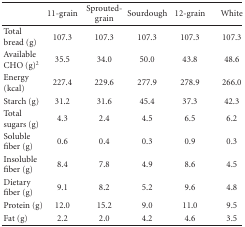
|  | 11-grain | Sprouted-grain | Sourdough | 12-grain | White |
 | --- | --- | --- | --- | --- | --- |
 | Total bread (g) | 107.3 | 107.3 | 107.3 | 107.3 | 107.3 |
 | Available CHO (g)2 | 35.5 | 34.0 | 50.0 | 43.8 | 48.6 |
 | Energy (kcal) | 227.4 | 229.6 | 277.9 | 278.9 | 266.0 |
 | Starch (g) | 31.2 | 31.6 | 45.4 | 37.3 | 42.3 |
 | Total sugars (g) | 4.3 | 2.4 | 4.5 | 6.5 | 6.2 |
 | Soluble fiber (g) | 0.6 | 0.4 | 0.3 | 0.9 | 0.3 |
 | Insoluble fiber (g) | 8.4 | 7.8 | 4.9 | 8.6 | 4.5 |
 | Dietary fiber (g) | 9.1 | 8.2 | 5.2 | 9.6 | 4.8 |
 | Protein (g) | 12.0 | 15.2 | 9.0 | 11.0 | 9.5 |
 | Fat (g) | 2.2 | 2.0 | 4.2 | 4.6 | 3.5 |